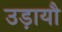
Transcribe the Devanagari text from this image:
उड़ायौ